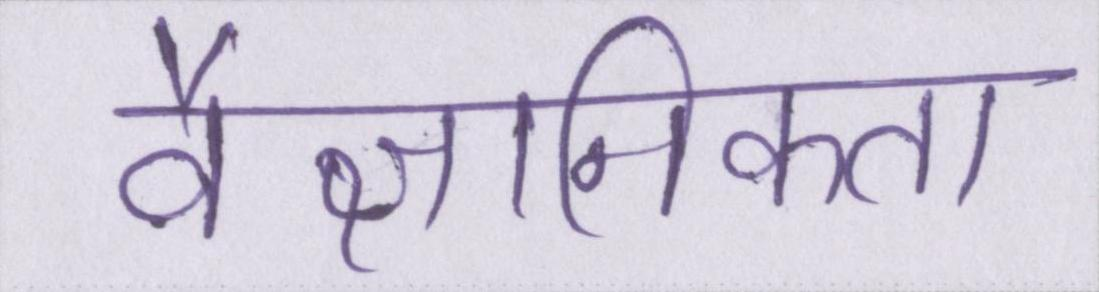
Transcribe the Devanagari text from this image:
वैज्ञानिकता